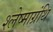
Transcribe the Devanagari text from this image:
श्लेष्माग्रंथि